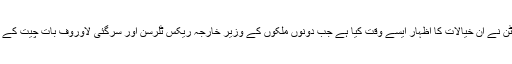
واضح رہے کہ پیوٹن نے اِن خیالات کا اظہار ایسے وقت کیا ہے جب دونوں ملکوں کے وزیر خارجہ ریکس ٹِلرسن اور سرگئی لاوروف بات چیت کے لیے مل بیٹھے ہیں۔